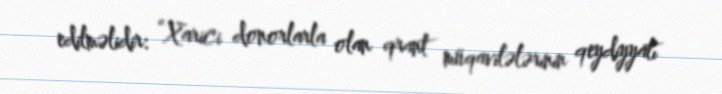
edilməlidir: “Xarici donorlarla olan qrant müqavilələrinin qeydiyyatı